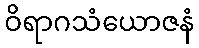
ဝိရာဂသံယောဇနံ